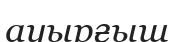
ауырғыш